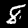
Digit: 8